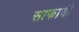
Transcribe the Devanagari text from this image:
साफावी